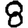
Digit: 8